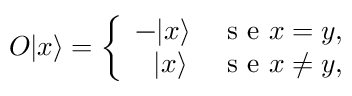
\begin{array} { r } { O \vert x \rangle = \left\{ \begin{array} { l l } { - \vert x \rangle } & { \mathrm { ~ s ~ e ~ } x = y , } \\ { \ \ \vert x \rangle } & { \mathrm { ~ s ~ e ~ } x \ne y , } \end{array} \right. } \end{array}